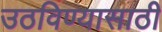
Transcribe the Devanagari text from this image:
उठविण्यासाठी